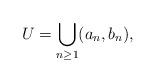
LaTeX: \begin{align*}U=\bigcup_{n\geq 1}(a_n,b_n),\end{align*}